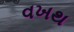
વખથ